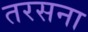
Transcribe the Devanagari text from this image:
तरसना